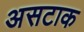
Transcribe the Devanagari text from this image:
असटाक